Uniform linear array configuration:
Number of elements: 8
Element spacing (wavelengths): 1
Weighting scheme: hann
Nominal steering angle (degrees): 30
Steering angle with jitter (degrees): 29.272
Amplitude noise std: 0.05
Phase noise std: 0.05

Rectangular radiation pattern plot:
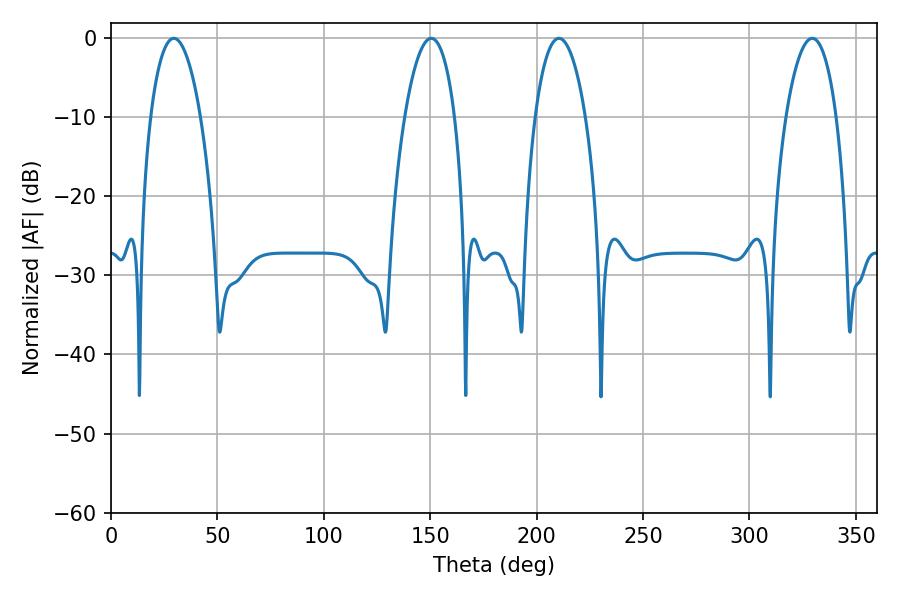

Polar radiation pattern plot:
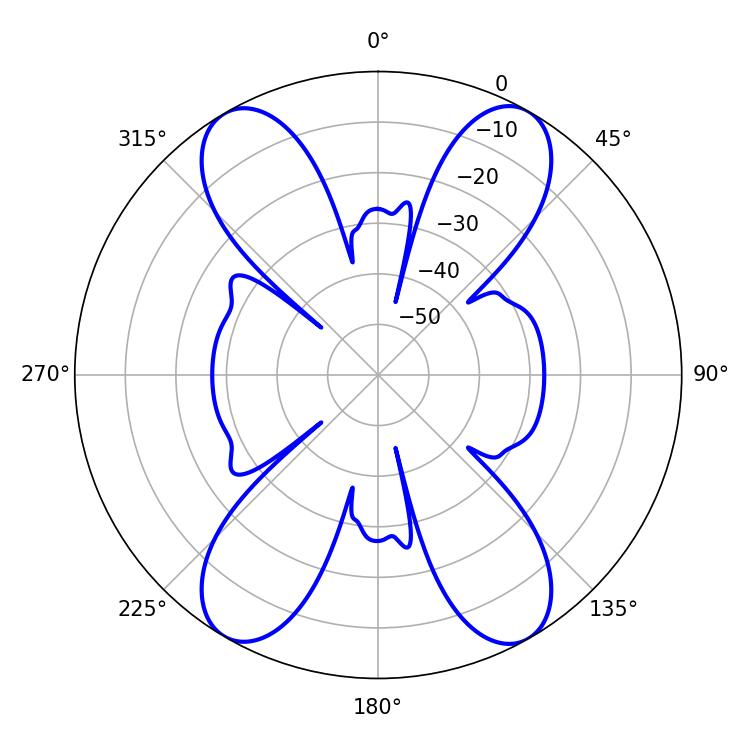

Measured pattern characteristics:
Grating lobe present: TRUE
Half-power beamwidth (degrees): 13.14
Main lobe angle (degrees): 29.52